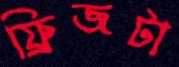
ফ্রিজটা